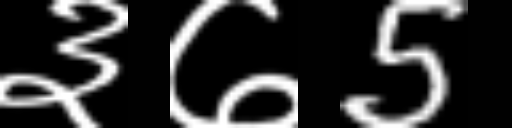
Text: ३७5